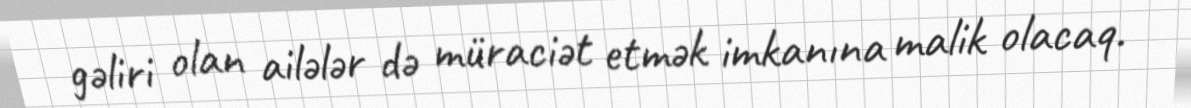
gəliri olan ailələr də müraciət etmək imkanına malik olacaq.